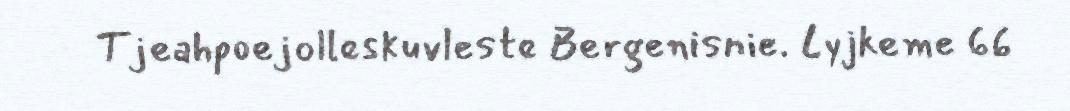
Tjeahpoejolleskuvleste Bergenisnie. Lyjkeme 66